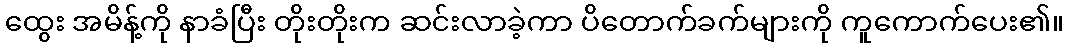
ထွေး အမိန့်ကို နာခံပြီး တိုးတိုးက ဆင်းလာခဲ့ကာ ပိတောက်ခက်များကို ကူကောက်ပေး၏။